Report on sanitation, dispensaries, and jails in Rajputana for 1916, and on vaccination for the year 1916-1917 - 1916-1917
Year: 1916
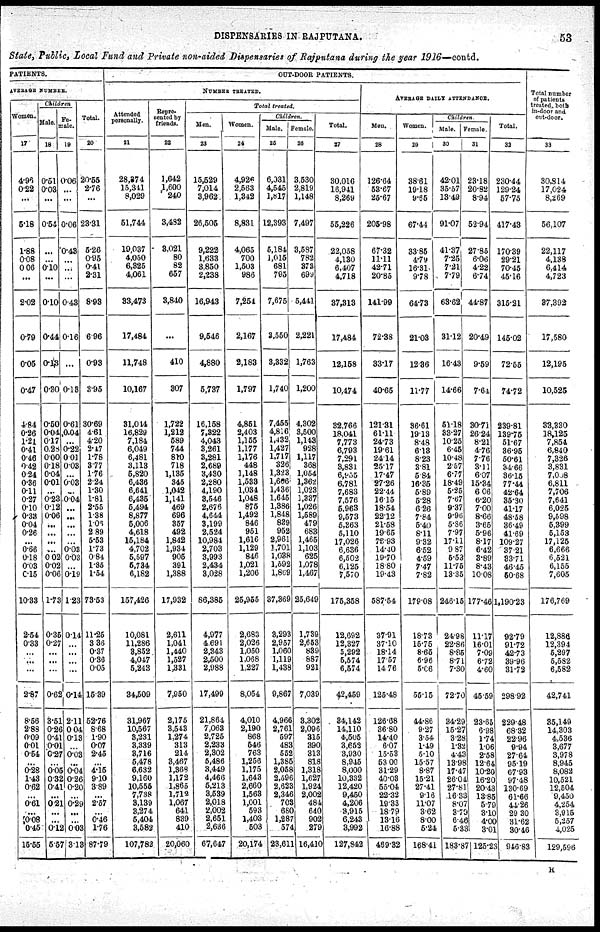
DISPENSARIES IN RAJPUTANA.
53
State, Public, Local Fund and Private non-aided Dispensaries of Rajputana during the year 1916—contd.
PATIENTS.
AVERAGE NUMBER.
Women.
17
4.96
0.22
...
5.18
1.88
0.08
0.06
...
2.02
0.79
0.05
0.47
4.84
0.26
1.21
0.41
0.46
0.42
0.24
0.36
0.11
0.27
0.10
0.33
0.04
0.26
...
0.66
0.18
0.03
0.15
10.33
2.54
0.33
...
...
...
2.87
8.56
2.88
0.09
0.01
0.54
...
0.28
1.43
0.62
...
0.61
...
0.08
0.45
15.55
Children
Mal e.
18
0.51
0.03
...
0.54
...
...
0.10
...
0.10
044
0.13
0.30
0.50
0.04
0.17
0.28
0.00
0.18
0.04
0.01
...
0.23
0.12
0.06
...
...
...
...
0.02
0.02
0.06
1.73
0.35
0.27
...
...
...
0.62
3.51
0.26
0.41
0.01
0.27
...
0.05
0.32
0.41
...
0.21
...
...
0.12
5.57
Fe¬
male.
19
0.06
...
...
0.06
0.43
...
...
...
0.43
0.16
...
0.13
0.61
0.04
...
0.22
0.01
0.03
...
0.03
0.04
...
...
...
...
...
0.03
0.03
...
0.19
1.23
0.14
...
...
...
...
0.14
2.11
0.04
0.13
...
0.03
...
0.04
0.26
0.20
...
0.29
...
...
0.03
3.13
Total.
20
20.55
2.76
...
23.31
5.26
0.95
0.41
2.31
8.93
6.96
0.93
3.95
30.69
4.61
4.20
2.47
1.78
3.77
1.76
2.24
1.30
1.81
2.55
1.38
1.06
2.89
5.53
1.73
0.84
1.35
1.54
73.53
11.25
3.36
0.37
0.36
0.05
15.39
52.76
8.68
1.90
0.07
2.45
...
4.15
9.10
3.89
...
2.57
...
0.46
1.76
87.79
OUT-DOOR PATIENTS.
NUMBER TREATED.
Attended
personally.
21
28,374
16,341
8,029
51,744
19,037
4,060
6,325
4,061
33,473
17,484
11,748
10,167
31,014
16,829
7,184
6,049
6,481
3,113
5,820
6,436
6,641
6,435
5,494
8,877
5,006
4,618
15,184
4,702
5,597
5,734
6,182
157,426
10,081
11,286
3,852
4,047
5,243
34,509
31,967
10,567
3,231
3,339
3,716
5,478
6,632
9,160
10,555
7,738
3,139
3,274
5,404
3,582
107,782
Repre¬
sented by
friends.
22
1,642
1,600
240
3,482
3,021
80
82
657
3,840
...
410
307
1,722
1,212
589
744
810
718
1,135
345
1,042
1,141
469
696
357
492
1,842
1,934
905
391
1,388
17,932
2,611
1,041
1,440
1,527
1,331
7,950
2,175
3,543
1,274
313
214
3,467
1,368
1,172
1,865
1,712
1,067
641
839
410
20,060
Total treated.
Men.
23
15,529
7,014
3,962
26,505
9,222
1,633
3,850
2,238
16,943
9,546
4,880
5,737
16,158
7,822
4,043
3,261
3,281
2,689
3,430
2,280
4,190
3,546
2,676
4,644
3,199
2,524
10,984
2,703
3,993
2,434
3,028
86,385
4,977
4,691
2,343
2,500
2,988
17,499
21,861
7,063
2,725
2,233
2,302
5,486
3,449
4,466
5,213
3,539
2,018
2,002
2,651
2,636
67,647
Women.
24
4,926
2,563
1,842
8,831
4,065
700
1,503
986
7,254
2,167
2,183
1,797
4,851
2,403
1,155
1,177
1,176
448
1,148
1,533
1,034
1,048
875
1,492
846
951
1,616
1,129
846
1,021
1,206
25,955
2,683
2,026
1,050
1,068
1,227
8,054
4,010
2,190
868
546
763
1,256
1,175
1,643
2,660
1,563
1,001
593
1,403
503
20,174
Children.
Male.
25
6,031
4,545
1,817
12,393
6,184
1,015
681
795
7,675
8,550
3,332
1,740
7,455
4,816
1,432
1,427
1,717 326
1,323
1,666
1,436
1,645
1,386
1,848
839
952
2,961
1,701
1,038
1,592
1,809
37,369
3,293
2,957
1,060
1,119
1,438
9,867
4,966
2,761
597
483
552
1,385
2,058
2,596
2,623
2,346
703
680
1,287
574
23,611
Female.
26
3,530
2,819
1,148
7,497
3,537
782
373
699
5,441
2,221
1,763
1,200
4,302
3,500
1,143
928
1,117
368
1,054
1,362
1,023
1,337
1,026
1,589
479
683
1,465
1,103
625
1,078
1,467
25,649
1,739
2,653
839
887
921
7,039
3,302
2,096
315
390
313
818
1,318
1,627
1,924
2,002
484
640
902
279
16,410
Total.
27
30,016
16,911
8,269
55,226
22,058
4,130
6,407
4,718
37,313
17,484
12,158
10,474
32,766
18,041
7,773
6,793
7,291
3,831
6,955
6,781
7,683
7,576
5,963
9,573
5,363
5,110
17,026
6,636
6,502
6,125
7,570
175,358
12,692
12,327
5,292
5,574
6,574
42,459
34,142
14,110
4,505
3,652
3,930
8,945
8,000
10,332
12,420
9,450
4,206
3,915
6,243
3,992
127,842
AVERAGE DAILY ATTENDANCE.
Men.
28
126.64
53.67
26.67
206.98
67.32
11.11
42.71
20.85
141.99
72.38
33.17
40.66
121.31
61.11
24.73
19.61
24.14
25.177
17.47
27.26
22.44
16.15
18.54
22.12
21.58
19.65
78.93
14.40
19.70
18.80
19.43
587.54
37.91
37.10
18.14
17.57
14.76
125.48
126.68
36.80
14.40
6.07
15.53
53.00
31.29
40.03
55.04
22.32
19.33
18.79
13.16
16.88
469.32
Women.
29
38.61
19.18
9.65
67.44
33.85
4.79
16.31
9.78
64.73
21.03
12.36
11.77
36.61
19.13
8.48
6.13
8.23
3.81
5.84
16.35
5.89
5.28
6.26
7.84
5.40
8.11
9.32
6.52
4.59
7.47
7.82
179.08
18.73
15.75
8.65
6.96
5.06
55.15
44.86
9.27
3.54
1.49
5.10
15.57
8.87
15.21
27.41
9.16
11.07
3.62
8.00
5.24
168.41
Children.
Male.
30
42.01
35.57
13.49
91.07
41.37
7.25
7.21
7.79
68.62
31.12
16.43
14.66
51.18
33.27
10.25
6.45
10.48
2.57
6.77
18.49
5.25
7.67
9.37
9.96
5.86
7.97
17.11
9.87
5.53
11.75
13.35
246.15
24.98
22.86
8.85
8.71
7.30
72.70
34.29
15.27
3.28
1.32
4.43
13.98
17.47
26.04
27.81
16.33
8.07
3.79
6.46
5.33
183.87
Female.
31
23.18
20.82
8.94
52.94
27.85
6.06
4.22
6.74
44.87
20.49
9.59
7.64
30.71
26.24
8.21
4.76
7.76
3.11
6.07
15.34
6.06
6.20
7.00
8.66
3.65
5.96
8.17
6.42
3.89
8.43
10.08
177.46
11.17
16.01
7.09
6.72
4.60
45.59
23.65
6.98
1.74
1.06
2.58
12.64
10.20
16.20
20.43
13.85
5.79
3.10
4.00
3.01
125.23
Total.
32
230.44
129.24
67.75
117.43
170.39
29.21
70.45
45.16
315.21
145.02
72.65
74.72
239.81
139.75
51.67
36.95
50.61
34.66
36.15
77.44
42.64
35.30
41.17
48.58
36.49
41.69
109.27
37.21
33.71
46.45
50.68
1,190.23
92.79
91.72
42.73
39.96
31.72
298.92
229.48
68.32
22.96
9.94
27.64
95.19
67.93
97.48
130.69
61.66
44.26
29.30
31.62
30.46
946.83
Total number
of patients
treated,both
in-door and
out-door.
33
30,814
17,024
8,269
56,107
22,117
4,138
6,414
4,723
37,392
17,580
12,195
10,525
33,330
18,125
7,854
6,840
7,326
3,831
7,068
6,811
7,706
7,641
6,025
9,598
5,399
5,153
17,125
6,666
6,521
6,155
7,605
176,769
12,886
12,394
5,297
5,582
6,582
42,741
35,149
14,303
4,536
3,677
3,978
8,945
8,082
10,521
12,504
9,450
4,254
3,915
5,257
4,025
129,596
R